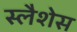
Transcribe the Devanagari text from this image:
स्लैशेस